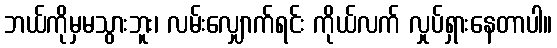
ဘယ်ကိုမှမသွားဘူး၊ လမ်းလျှောက်ရင်း ကိုယ်လက် လှုပ်ရှားနေတာပါ။